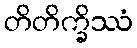
တိတိက္ခိဿံ